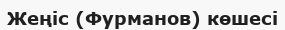
Жеңіс (Фурманов) көшесі